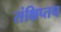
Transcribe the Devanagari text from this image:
संक्षिप्तच